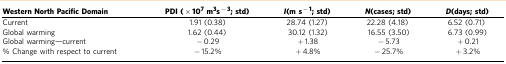
<table><thead><tr><td><b>Western North Pacific Domain</b></td><td><b>PDI( × 10<sup>7</sup>m<sup>3</sup>s<sup>−3</sup>; std)</b></td><td><b><i>I</i>(m s<sup>−1</sup>; std)</b></td><td><b><i>N</i>(cases; std)</b></td><td><b><i>D</i>(days; std)</b></td></tr></thead><tbody><tr><td>Current</td><td>1.91 (0.38)</td><td>28.74 (1.27)</td><td>22.28 (4.18)</td><td>6.52 (0.71)</td></tr><tr><td>Global warming</td><td>1.62 (0.44)</td><td>30.12 (1.32)</td><td>16.55 (3.50)</td><td>6.73 (0.99)</td></tr><tr><td>Global warming—current</td><td>−0.29</td><td>+1.38</td><td>−5.73</td><td>+0.21</td></tr><tr><td>% Change with respect to current</td><td>−15.2%</td><td>+4.8%</td><td>−25.7%</td><td>+3.2%</td></tr></tbody></table>